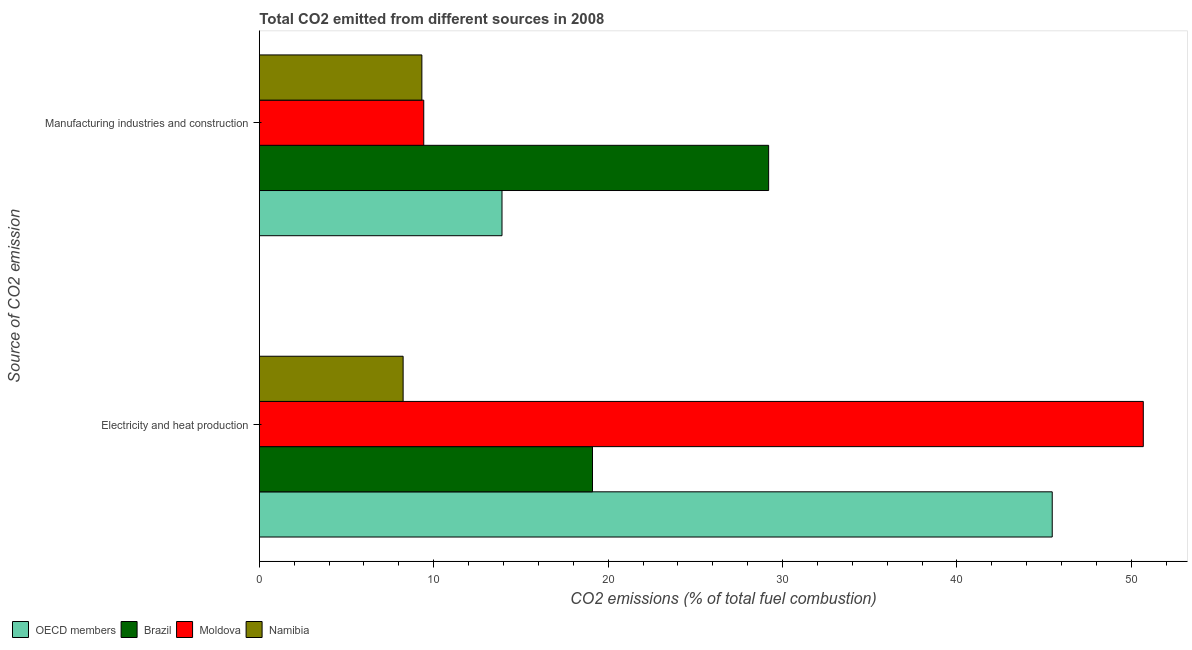
| Source of CO2 emission | OECD members | Brazil | Moldova | Namibia |
 | --- | --- | --- | --- | --- |
 | Electricity and heat production | 45.5 | 19.1 | 50.7 | 8.24 |
 | Manufacturing industries and construction | 13.9 | 29.2 | 9.43 | 9.32 |